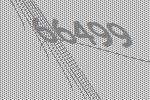
66499